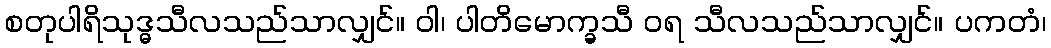
စတုပါရိသုဒ္ဓသီလသည်သာလျှင်။ ဝါ၊ ပါတိမောက္ခသီ ဝရ သီလသည်သာလျှင်။ ပကတံ၊